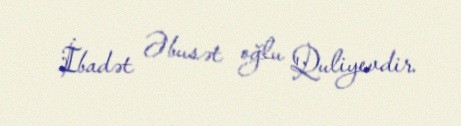
İbadət Əbusət oğlu Quliyevdir.